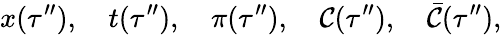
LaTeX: x(\tau^{\prime\prime}),\quad t(\tau^{\prime\prime}),\quad\pi(\tau^{\prime\prime}),\quad{\cal C}(\tau^{\prime\prime}),\quad{\bar{\cal C}}(\tau^{\prime\prime}),